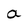
Character: a